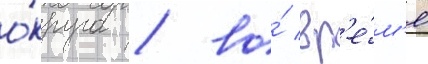
о́круга / во́ вр'е́м'я